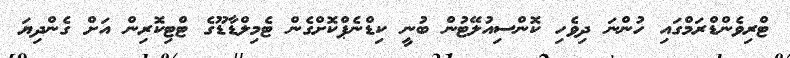
ޓްރިވެންޑްރަމްގައި ހުންނަ ދިވެހި ކޮންސިއުލޭޓުން ބުނީ ކިޑްނެޕްކޮށްގެން ޓެމިލްޑާޑޫގެ ޓްޓިކޮރިން އަށް ގެންދިޔަ